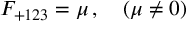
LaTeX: F _ { + 1 2 3 } = \mu \, , \quad ( \mu \neq 0 )